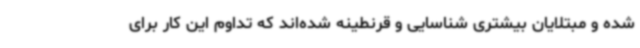
شده و مبتلایان بیشتری شناسایی و قرنطینه شده‌اند که تداوم این کار برای